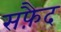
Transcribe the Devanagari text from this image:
सफै़द